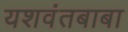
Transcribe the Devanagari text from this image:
यशवंतबाबा